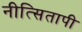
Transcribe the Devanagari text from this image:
नीत्सितापी